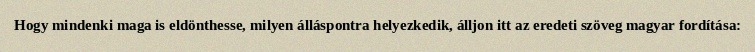
Hogy mindenki maga is eldönthesse, milyen álláspontra helyezkedik, álljon itt az eredeti szöveg magyar fordítása: